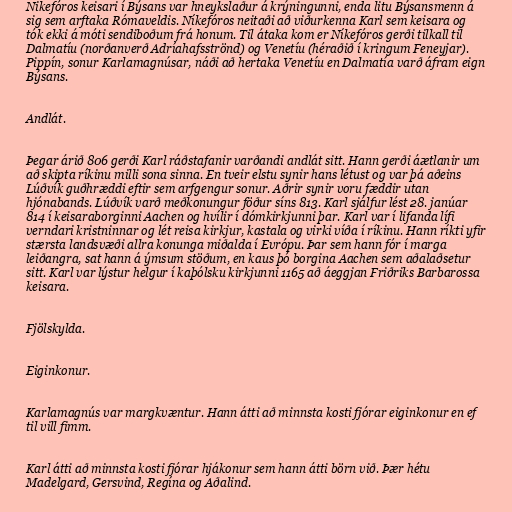
Nikefóros keisari í Býsans var hneykslaður á krýningunni, enda litu Býsansmenn á
sig sem arftaka Rómaveldis. Níkefóros neitaði að viðurkenna Karl sem keisara og
tók ekki á móti sendiboðum frá honum. Til átaka kom er Níkefóros gerði tilkall til
Dalmatíu (norðanverð Adríahafsströnd) og Venetíu (héraðið í kringum Feneyjar).
Pippín, sonur Karlamagnúsar, náði að hertaka Venetíu en Dalmatía varð áfram eign
Býsans.

Andlát.

Þegar árið 806 gerði Karl ráðstafanir varðandi andlát sitt. Hann gerði áætlanir um
að skipta ríkinu milli sona sinna. En tveir elstu synir hans létust og var þá aðeins
Lúðvík guðhræddi eftir sem arfgengur sonur. Aðrir synir voru fæddir utan
hjónabands. Lúðvík varð meðkonungur föður síns 813. Karl sjálfur lést 28. janúar
814 í keisaraborginni Aachen og hvílir í dómkirkjunni þar. Karl var í lifanda lífi
verndari kristninnar og lét reisa kirkjur, kastala og virki víða í ríkinu. Hann ríkti yfir
stærsta landsvæði allra konunga miðalda í Evrópu. Þar sem hann fór í marga
leiðangra, sat hann á ýmsum stöðum, en kaus þó borgina Aachen sem aðalaðsetur
sitt. Karl var lýstur helgur í kaþólsku kirkjunni 1165 að áeggjan Friðriks Barbarossa
keisara.

Fjölskylda.

Eiginkonur.

Karlamagnús var margkvæntur. Hann átti að minnsta kosti fjórar eiginkonur en ef
til vill fimm.

Karl átti að minnsta kosti fjórar hjákonur sem hann átti börn við. Þær hétu
Madelgard, Gersvind, Regína og Aðalind.